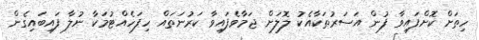
ހިތަށް ކޮށްފައިވާ ފުން އަސަރުތަކާއެކު ލޮލަށް ޖަމާވެފައިވާ ކަރުނަތައް ހިފަހެއްޓުމަކާ ނުލާ ފައިބައިގެން